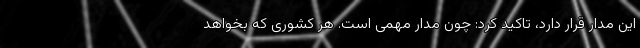
این مدار قرار دارد، تاکید کرد: چون مدار مهمی است. هر کشوری که بخواهد